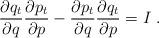
LaTeX: \begin{align*}\frac{\partial q_t}{\partial q}\frac{\partial p_t}{\partial p}-\frac{\partial p_t}{\partial q} \frac{\partial q_t}{\partial p}=I \ .\end{align*}